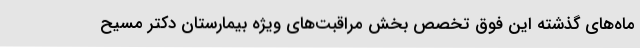
ماه‌های گذشته این فوق تخصص بخش مراقبت‌های ویژه بیمارستان دکتر مسیح